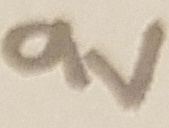
Text: 9V